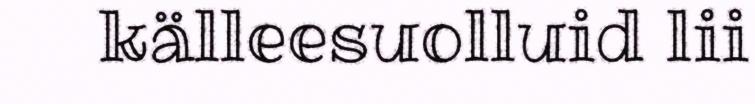
källeesuolluid lii